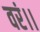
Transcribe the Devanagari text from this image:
वरं।।